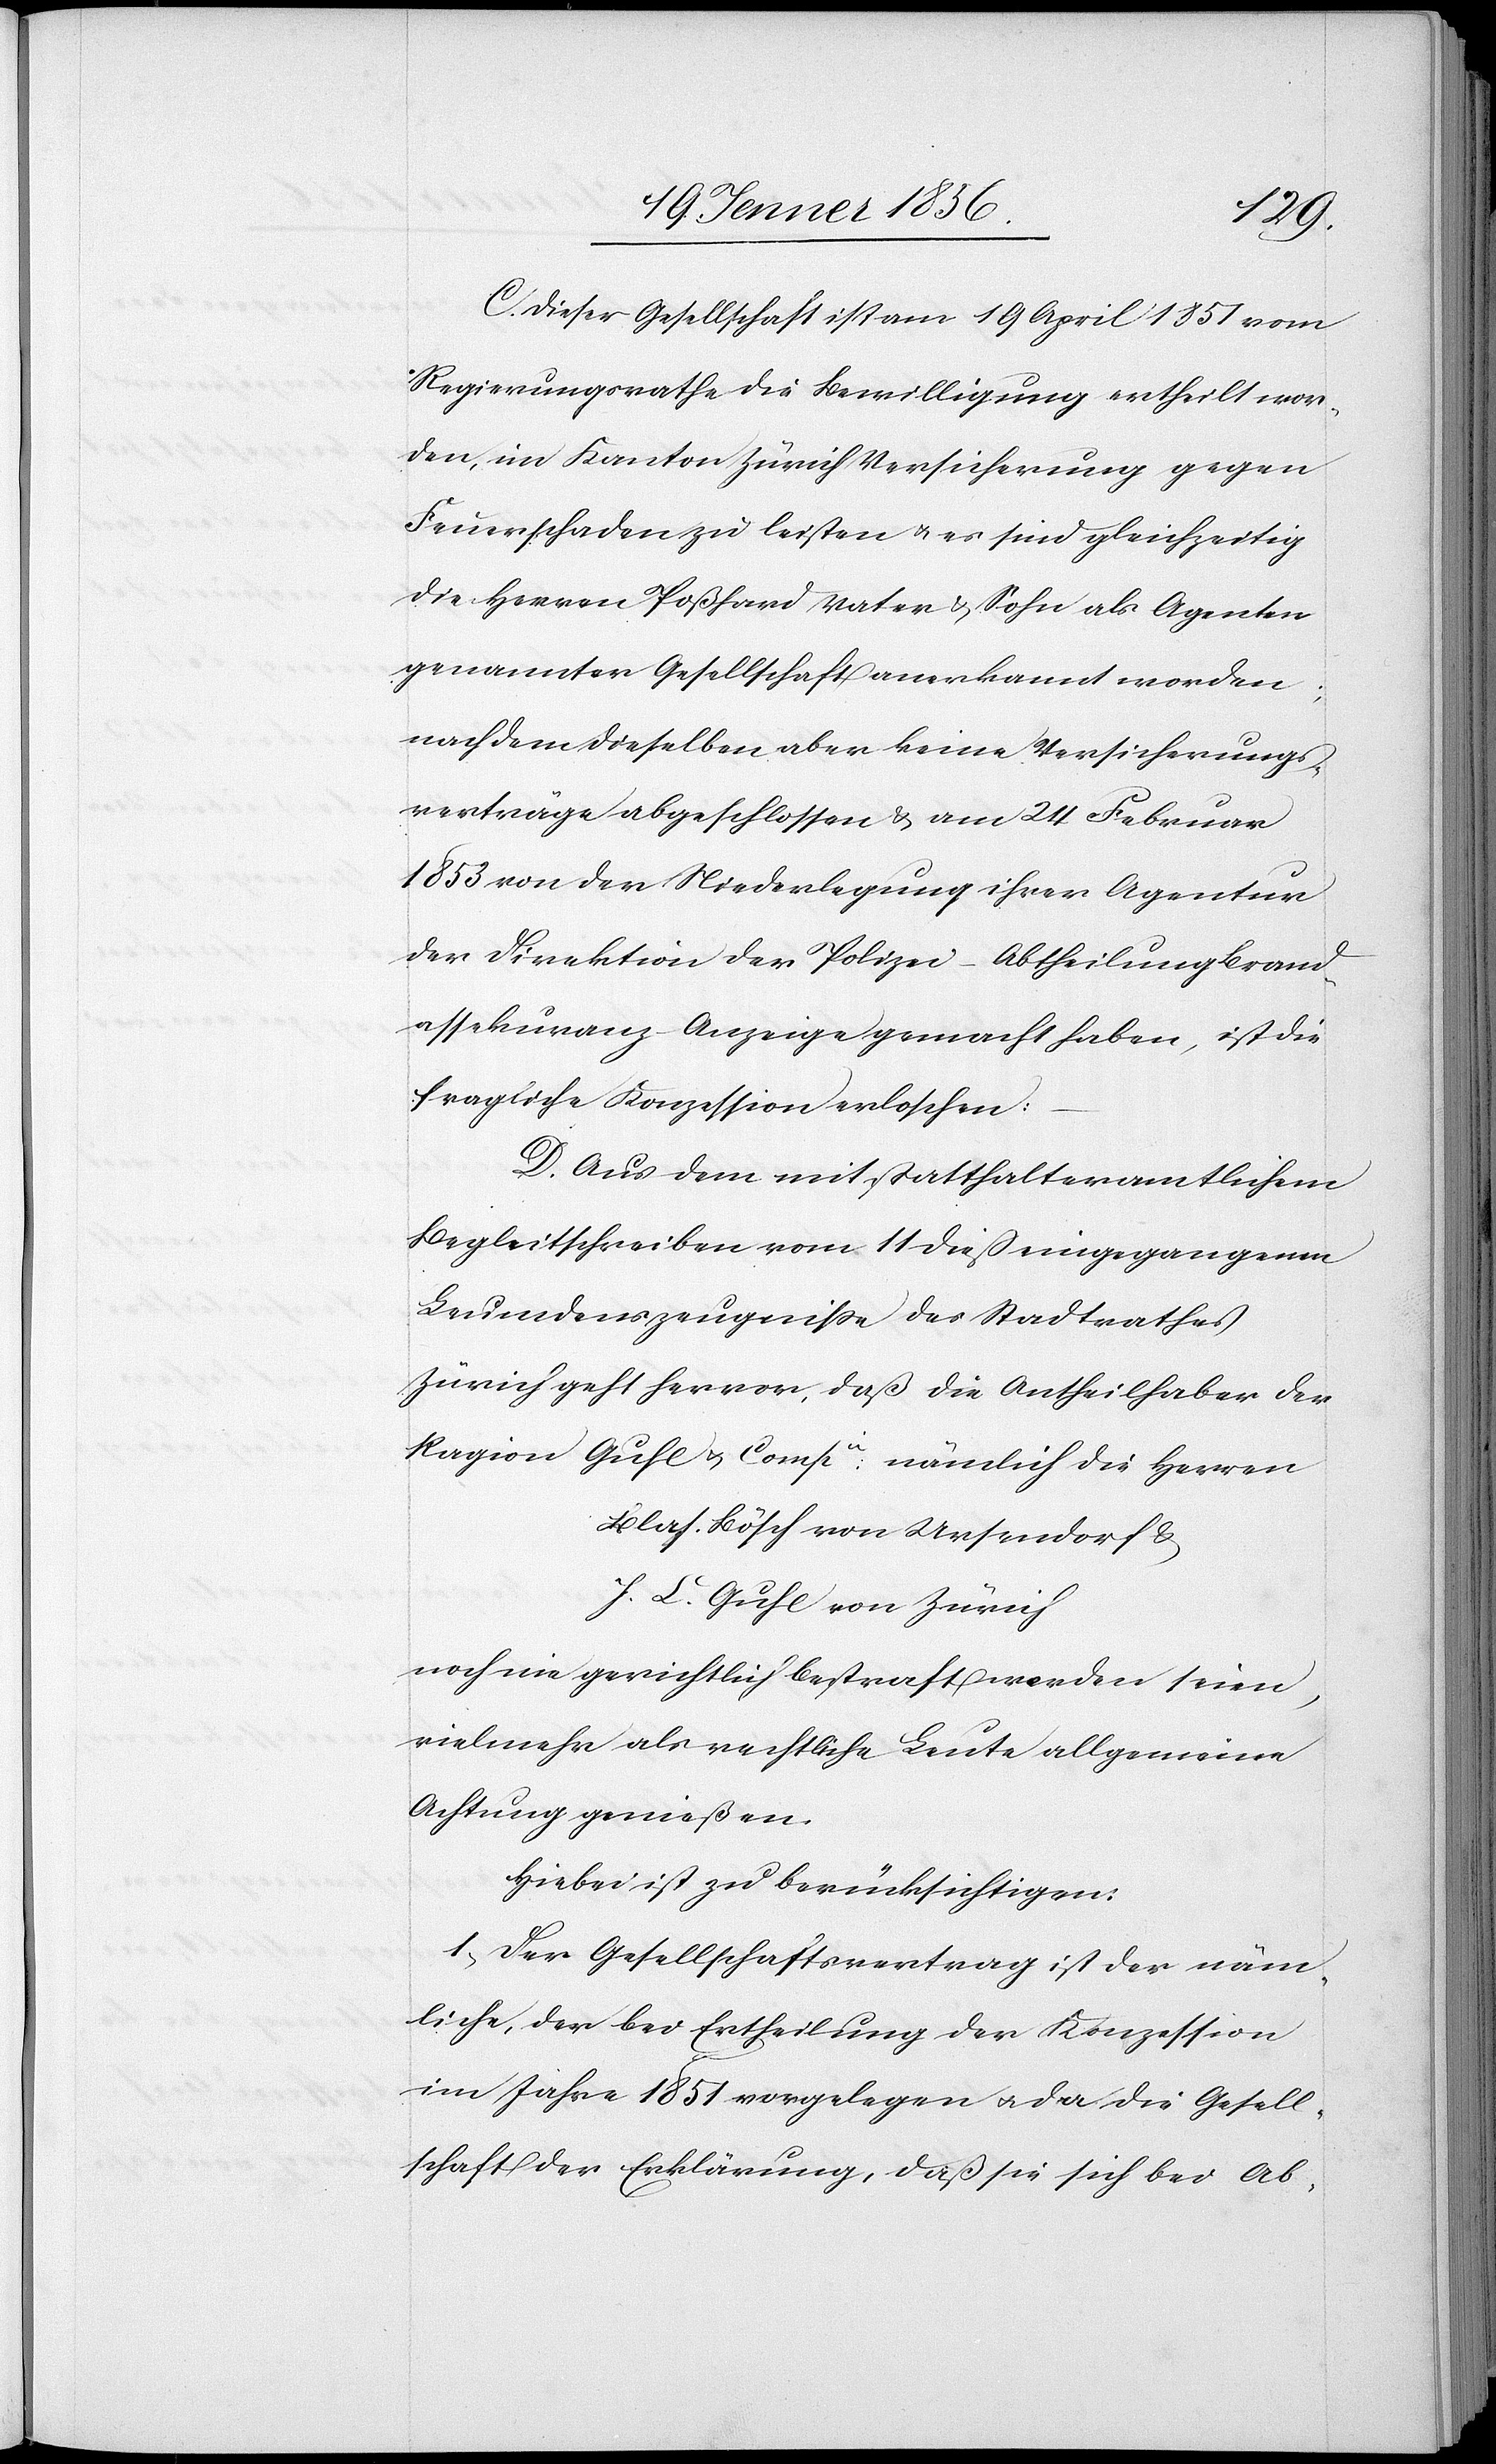
C. Dieser Gesellschaft ist am 19 April 1851 vom
Regierungsrathe die Bewilligung ertheilt wor¬
den, im Kanton Zürich Versicherung gegen
Feuerschaden zu leisten u. es sind gleichzeitig
die Herren Poßhard Vater & Sohn als Agenten
genannter Gesellschaft anerkannt worden;
nach dem dieselben aber keine Versicherungs¬
verträge abgeschlossen & am 24 Februar
1853 von der Wiederlegung ihrer Agentur
der Direktion der Polizei – Abtheilung Brand¬
assekuranz – Anzeige gemacht haben, ist die
fragliche Konzession erloschen:
D. Aus dem mit statthalteramtlichem
Begleitschreiben vom 11 dieß eingegangenen
Leumdenszeugnisse des Stadtrathes
Zürich geht hervor, daß die Antheilhaber der
Ragion Guhl u. Compie: nämlich die Herren
Blas. Bösch von Ursendorf &
J. C. Guhl von Zürich
noch nie gerichtlich bestraft worden seien,
vielmehr als rechtliche Leute allgemeine
Achtung genießen.
Hiebei ist zu berücksichtigen:
1., Der Gesellschaftsvertrag ist der näm¬
liche, der bei Ertheilung der Konzession
im Jahre 1851 vorgelegen u. da die Gesell¬
schaft der Erklärung, daß sie sich bei Ab-